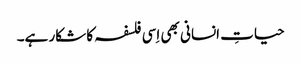
حیاتِ انسانی بھی اِسی فلسفہ کا شکار ہے۔